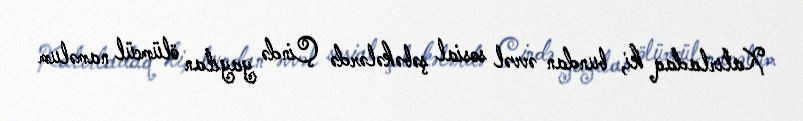
Xatırladaq ki, bundan əvvəl sosial şəbəkələrdə Çində yayılan ölümcül naməlum